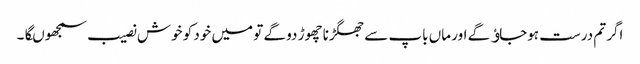
اگر تم درست ہوجاﺅگے اور ماں باپ سے جھگڑنا چھوڑ دو گے تو میں خود کو خوش نصیب سمجھوںگا۔